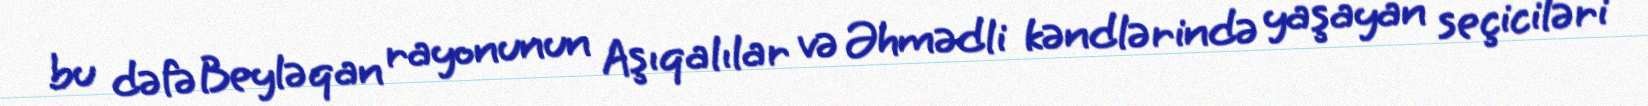
bu dəfə Beyləqan rayonunun Aşıqalılar və Əhmədli kəndlərində yaşayan seçiciləri